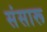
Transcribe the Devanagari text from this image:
संसारू